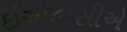
ઇએલસીએ